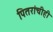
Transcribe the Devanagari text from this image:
पितरांचीही